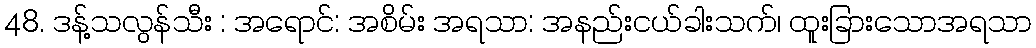
48. ဒန့်သလွန်သီး : အရောင်: အစိမ်း အရသာ: အနည်းငယ်ခါးသက်၊ ထူးခြားသောအရသာ